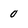
Character: 0